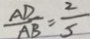
\frac { A D } { A B } = \frac { 2 } { 5 }